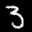
Label: 3